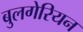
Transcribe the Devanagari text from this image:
बुलगेरियन